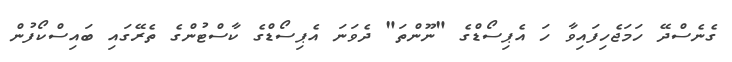
ގެނެސްދޭ ހަމަޖެހިފައިވާ ހަ އެޕިސޯޑްގެ "ނޫންތަ" ދެވަނަ އެޕިސޯޑްގެ ކާސްޓުންގެ ތެރޭގައި ބައިސްކޯފުން